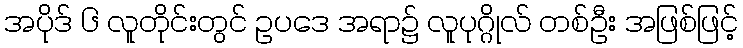
အပိုဒ် ၆ လူတိုင်းတွင် ဥပဒေ အရာ၌ လူပုဂ္ဂိုလ် တစ်ဦး အဖြစ်ဖြင့်